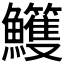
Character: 𩽕